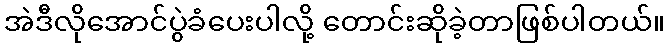
အဲဒီလိုအောင်ပွဲခံပေးပါလို့ တောင်းဆိုခဲ့တာဖြစ်ပါတယ်။